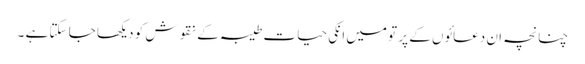
چنانچہ ان دعائوں کے پر تو میں انکی حیات طیبہ کے نقوش کو دیکھا جا سکتا ہے ۔